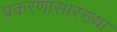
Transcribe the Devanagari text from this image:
प्रकरणासारख्या